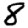
Digit: 8